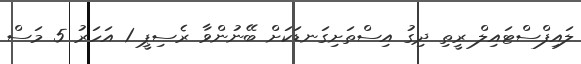
ލައިފްސްޓައިލް ރީތި ދިގު އިސްތަށިގަނޑަކަށް ބޭނުންވާ ރެސިޕީ 1 އަހަރު 5 މަސް